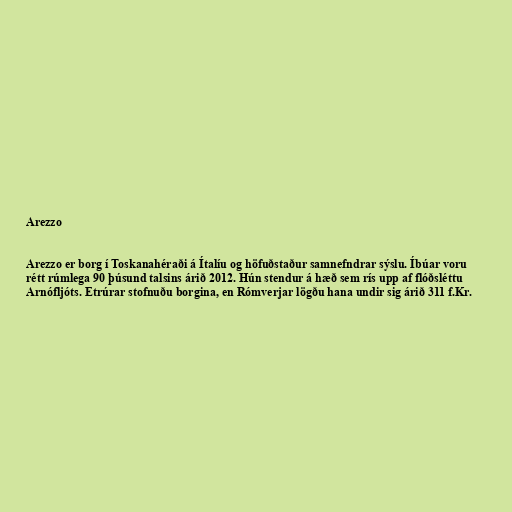
Arezzo

Arezzo er borg í Toskanahéraði á Ítalíu og höfuðstaður samnefndrar sýslu. Íbúar voru
rétt rúmlega 90 þúsund talsins árið 2012. Hún stendur á hæð sem rís upp af flóðsléttu
Arnófljóts. Etrúrar stofnuðu borgina, en Rómverjar lögðu hana undir sig árið 311 f.Kr.